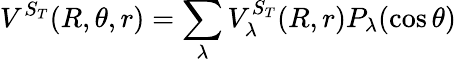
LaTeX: V^{S_{T}}(R,\theta,r)=\sum_{\lambda}V_{\lambda}^{S_{T}}(R,r)P_{\lambda}(\cos\theta)